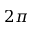
2 \pi